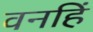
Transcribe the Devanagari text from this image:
वनहिं